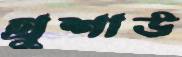
গ্রুশাউ